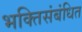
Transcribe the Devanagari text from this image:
भक्तिसंबंधित